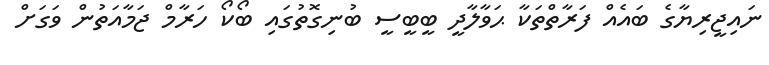
ނައިޖީރިޔާގެ ބައެއް ފަރާތްތަކާ ޙަވާލާދީ ބީބީސީ ބުނިގޮތުގައި ބޯކޯ ހަރާމް ޖަމާއަތުން ވަގަށް